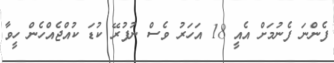
ފެންނަ ފެނުމަށް އެއީ 18 އަހަރު ވެސް ނުފުރޭ ކުޑަ ކުއްޖެއްހެން ހީވާ